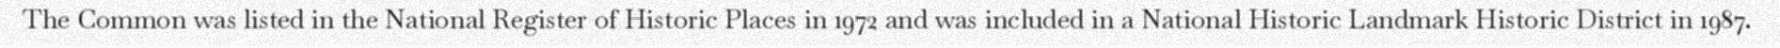
The Common was listed in the National Register of Historic Places in 1972 and was included in a National Historic Landmark Historic District in 1987.